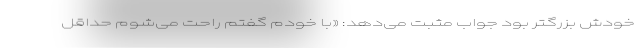
خودش بزرگتر بود جواب مثبت می‌دهد: «با خودم گفتم راحت می‌شوم حداقل